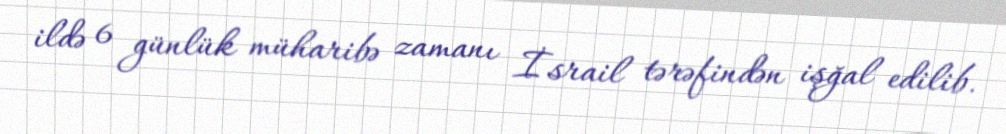
ildə 6 günlük müharibə zamanı İsrail tərəfindən işğal edilib.